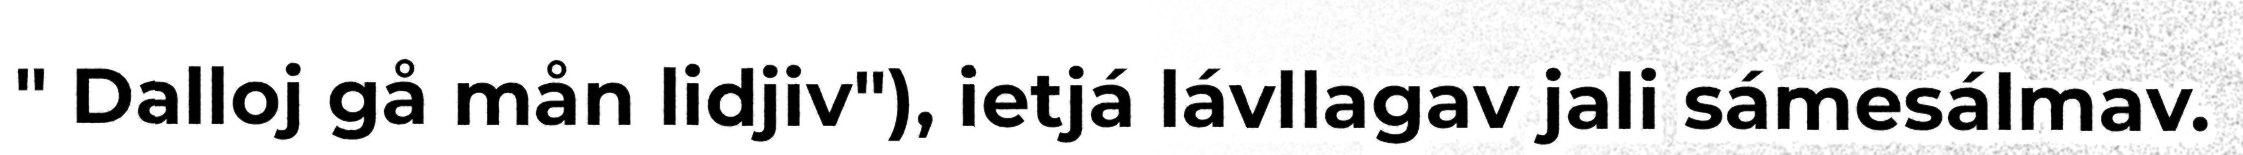
" Dalloj gå mån lidjiv"), ietjá lávllagav jali sámesálmav.